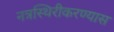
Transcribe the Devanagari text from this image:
नत्रस्थिरीकरण्यास